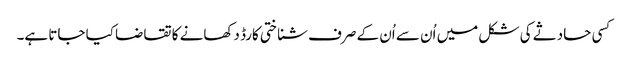
کسی حادثے کی شکل میں اُن سے اُن کے صرف شناختی کارڈ دکھانے کا تقاضا کیا جاتا ہے۔